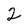
Character: 2